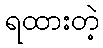
ရထားတဲ့